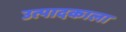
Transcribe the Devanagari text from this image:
उत्पादकाला